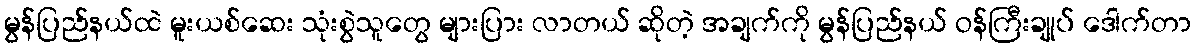
မွန်ပြည်နယ်ထဲ မူးယစ်ဆေး သုံးစွဲသူတွေ များပြား လာတယ် ဆိုတဲ့ အချက်ကို မွန်ပြည်နယ် ဝန်ကြီးချုပ် ဒေါက်တာ